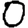
Digit: 0